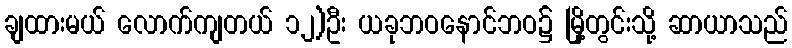
ချထားမယ် လောက်ကျတယ် ၁၂)ဦး ယခုဘဝနောင်ဘဝ၌ မြို့တွင်းသို့ ဆာယာသည်